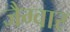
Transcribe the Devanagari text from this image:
जैग्वार